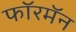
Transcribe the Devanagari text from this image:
फॉरमॅन